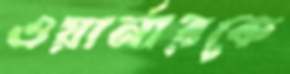
ওয়ার্নারকে